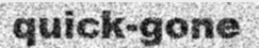
quick-gone